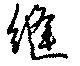
縫